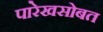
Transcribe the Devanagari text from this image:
पारेखसोबत